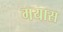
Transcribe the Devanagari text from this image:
गयास